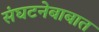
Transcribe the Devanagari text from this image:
संघटनेबाबात